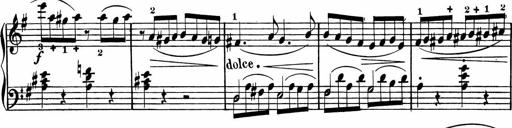
Title: Rosen ohne Dornen
Composer: Gustav Lange